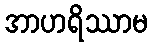
အာဟရိဿာမ